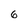
Character: 6